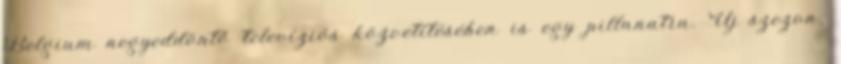
Belgium negyeddöntő televíziós közvetítésében is egy pillanatra. Új szezon,